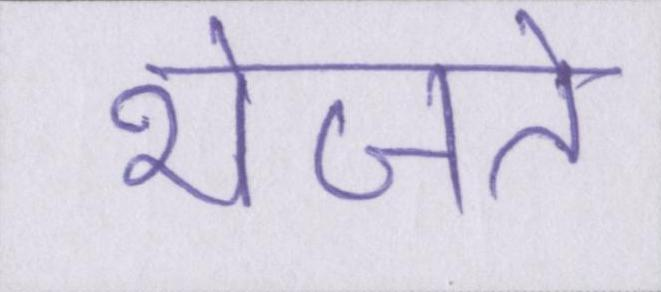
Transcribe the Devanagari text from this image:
भेजते